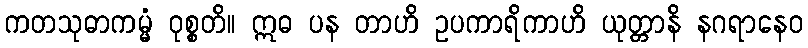
ကတသုဓာကမ္မံ ဝုစ္စတိ။ ဣဓ ပန တာဟိ ဥပကာရိကာဟိ ယုတ္တာနိ နဂရာနေဝ